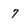
Character: 7